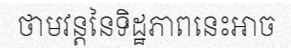
ថាមវន្តនៃទិដ្ឋភាពនេះអាច